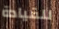
للقيادة